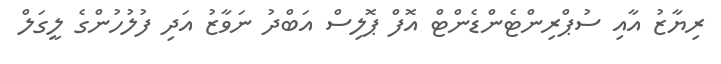
ރިޔާޒު އާއި ސުޕްރިންޓެންޑެންޓް އޮފް ޕޮލިސް އަބްދު ނަވާޒު އަދި ފުލުހުންގެ ލީގަލް